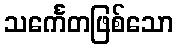
သင်္ကေတဖြစ်သော